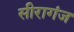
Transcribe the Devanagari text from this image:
सीरागंज